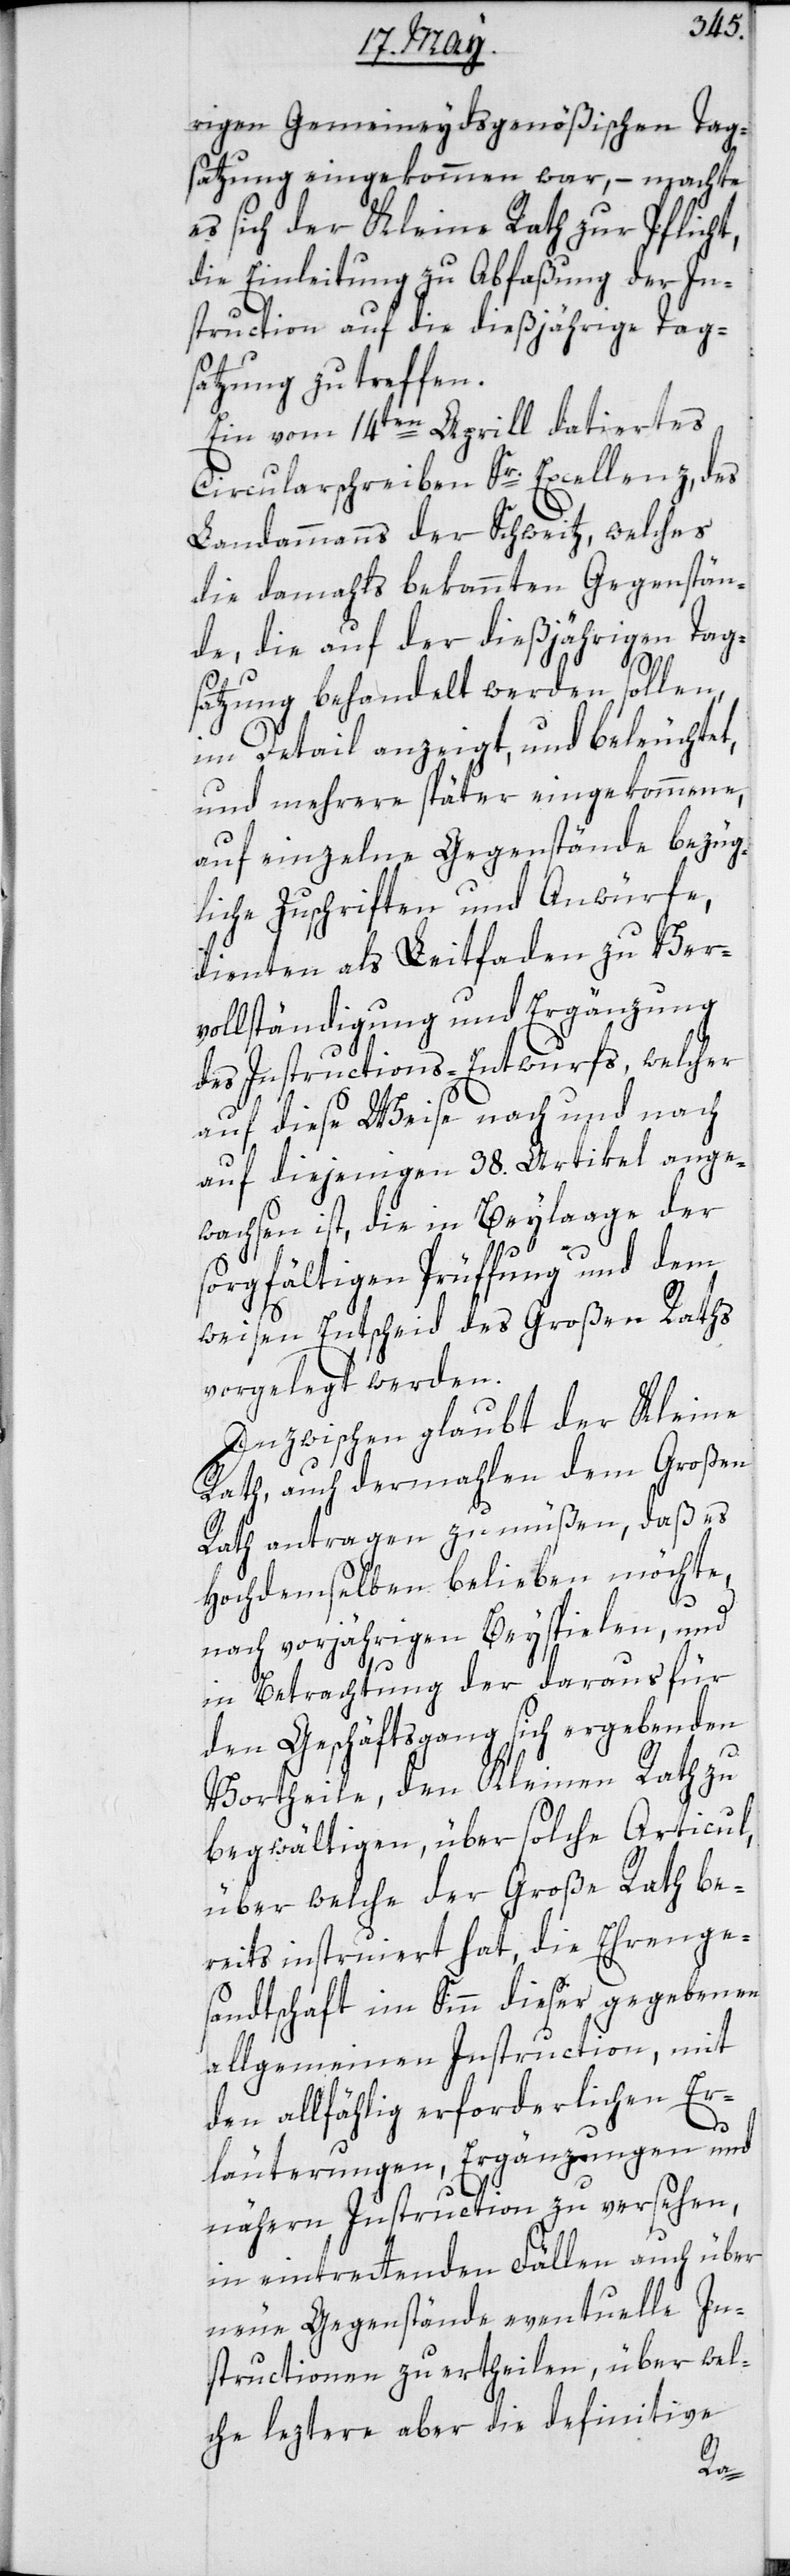
rigen Gemeineydsgenößischen Tag¬
satzung eingekommen war, – machte
es sich der Kleine Rath zur Pflicht,
die Einleitung zu Abfaßung der In¬
struction auf die dießjährige Tag¬
satzung zu treffen.
Ein vom 14ten Aprill datiertes
Circularschreiben Sr. Excellenz des
Landammanns der Schweitz, welches
die damahls bekannten Gegenstän¬
de, die auf der dießjährigen Tag¬
satzung behandelt werden sollen,
im Detail anzeigt und beleuchtet,
und mehrere später eingekommene,
auf einzelne Gegenstände bezüg¬
liche Zuschriften und Anwürfe,
dienten als Leitfaden zu Ver¬
vollständigung und Ergänzung
des Instructions-Entwurfs, welcher
auf diese Weise nach und nach
auf diejenigen 38. Artikel ange¬
wachsen ist, die in Beylaage der
sorgfältigen Prüffung und dem
weisen Entscheid des Großen Raths
vorgelegt werden.
Inzwischen glaubt der Kleine
Rath, auch dermahlen dem Großen
Rath antragen zu müßen, daß es
Hochdemselben belieben möchte,
nach vorjährigen Beyspielen, und
in Betrachtung der daraus für
den Geschäftsgang sich ergebenden
Vortheile, den Kleinen Rath zu
begwältigen, über solche Articul,
über welche der Große Rath be¬
reits instruiert hat, die Ehrenge¬
sandtschaft im Sinn dieser gegebenen
allgemeinen Instruction, mit
den allfählig erforderlichen Er¬
läuterungen, Ergänzungen und
nähern Instruction zu versehen,
in eintrettenden Fällen auch über
neue Gegenstände eventuelle In¬
structionen zu ertheilen, über wel¬
che letztere aber die definitive